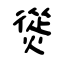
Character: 熧